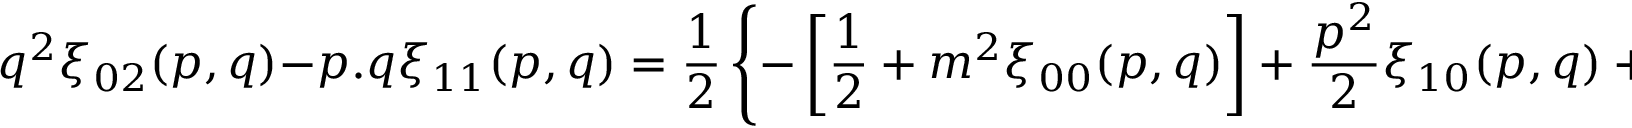
q ^ { 2 } \xi _ { 0 2 } ( p , q ) - p . q \xi _ { 1 1 } ( p , q ) = { \frac { 1 } { 2 } } \left\{ - \left[ { \frac { 1 } { 2 } } + m ^ { 2 } \xi _ { 0 0 } ( p , q ) \right] + { \frac { p ^ { 2 } } { 2 } } \xi _ { 1 0 } ( p , q ) + { \frac { 3 q ^ { 2 } } { 2 } } \xi _ { 0 1 } ( p , q ) \right\}